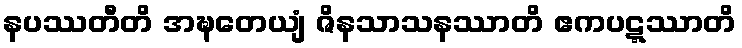
နပဿတီတိ အဍ္ဎတေယျံ ဇိနသာသနဿာတိ ဧကပဋ္ဋဿာတိ